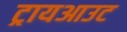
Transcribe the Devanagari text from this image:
ट्रायआउट